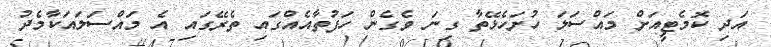
އަދި ކޮމެޓީއަށް މައްސަލަ ހުށަހެޅޭތާ ގިނަ ވެގެން ހަފުތާއެއްގައި ތެރޭގައި އެ މައްސަލައަކާމެދު